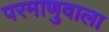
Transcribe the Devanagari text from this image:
परमाणुवाला